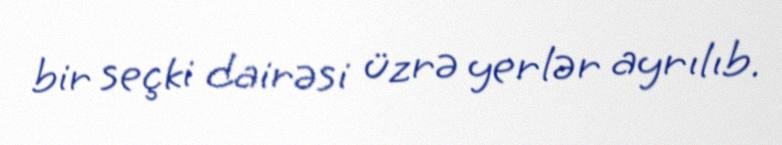
bir seçki dairəsi üzrə yerlər ayrılıb.